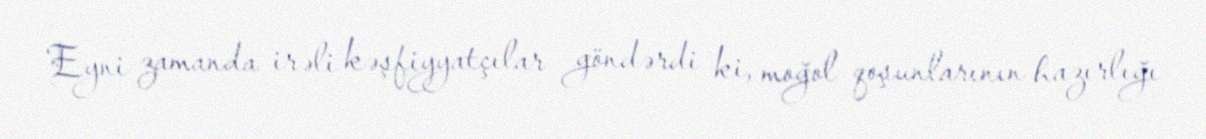
Eyni zamanda irəli kəşfiyyatçılar göndərdi ki, moğol qoşunlarının hazırlığı